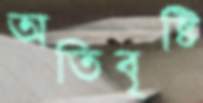
অতিবৃষ্টি